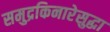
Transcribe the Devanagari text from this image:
समुद्रकिनारेसुद्धा